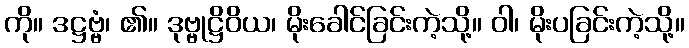
ကို။ ဒဋ္ဌဗ္ဗံ၊ ၏။ ဒုဗ္ဗုဋ္ဌိဝိယ၊ မိုးခေါင်ခြင်းကဲ့သို့။ ဝါ၊ မိုးပခြင်းကဲ့သို့။